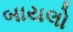
બાયલો